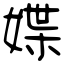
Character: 媟